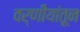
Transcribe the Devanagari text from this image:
वर्णीयांतून